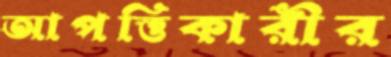
আপত্তিকারীর